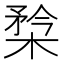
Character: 㮗